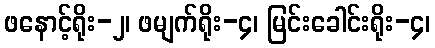
ဖနောင့်ရိုး-၂၊ ဖမျက်ရိုး-၄၊ မြင်းခေါင်းရိုး-၄၊